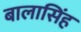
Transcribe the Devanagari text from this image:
बालासिंह